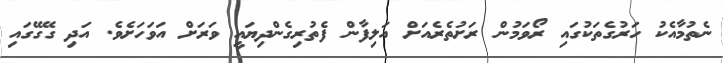
ނެތުމާއެކު ހަރުގެތަކުގައި ރޯވަމުން ރަށުތެރެއަށް އަލިފާން ފެތުރިގެންދިޔައީ ވަރަށް އަވަހަށެވެ. އަދި ގޭގޭގައި